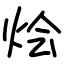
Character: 烩